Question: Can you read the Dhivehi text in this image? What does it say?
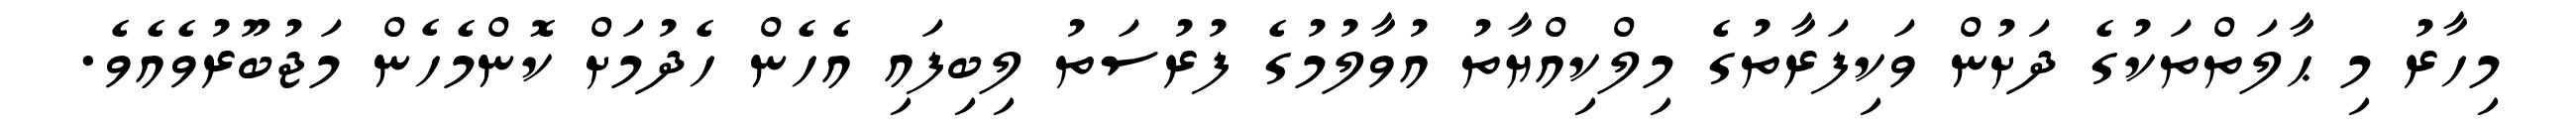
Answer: މިހާރު މި ޙާލަތްތަކުގެ ދަށުން ވަކިފަރާތުގެ މިލްކިއްޔާތު އުވާލުމުގެ ފުރުސަތު ލިބިފައި އެހެން ހެދުމަށް ކޮންމެހެން މަޖުބޫރުވެއެވެ.